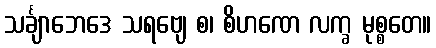
သင်္ချာဘေဒေ သရဗျေ စ၊ စိဟဏေ လက္ခ မုစ္စတေ။